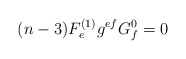
\begin{align*}(n-3)F_{ e}^{(1)}g^{ef}G_f^0=0\end{align*}